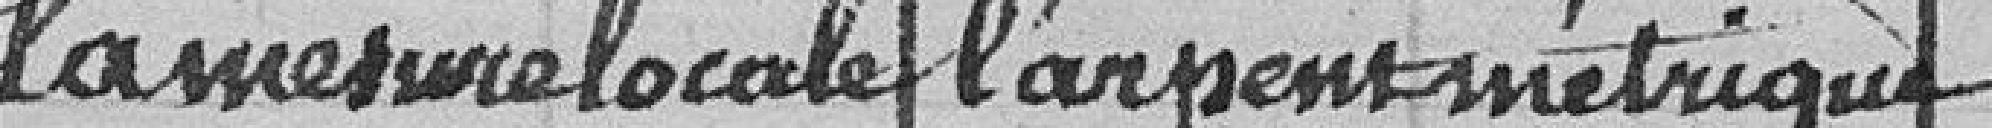
la mesure locale l'argent métrique